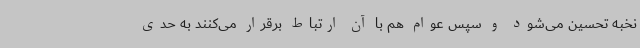
نخبه تحسین می‌شود و سپس عوام هم با آن ارتباط برقرار می‌کنند به حدی